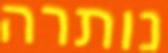
נותרה